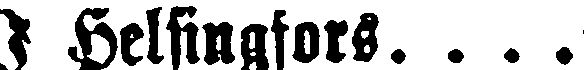
I Helsingfors. . . .